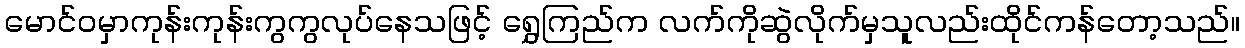
မောင်ဝမှာကုန်းကုန်းကွကွလုပ်နေသဖြင့် ရွှေကြည်က လက်ကိုဆွဲလိုက်မှသူလည်းထိုင်ကန်တော့သည်။